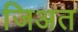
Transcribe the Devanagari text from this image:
जिअत